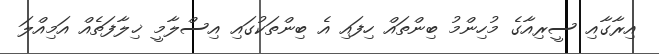
އިރާގާއި ސީރިއާގެ މުހިންމު ބިންތައް ހިފައި އެ ބިންތަކުގައި އިސްލާމީ ޚިލާފަތެއް އަމިއްލަ